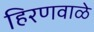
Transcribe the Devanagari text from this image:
हिरणवाळे